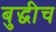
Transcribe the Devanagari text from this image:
बुद्धीच